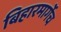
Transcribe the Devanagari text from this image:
बिहारमार्गेच